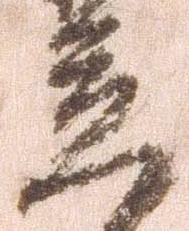
立